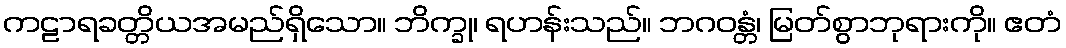
ကဠာရခတ္တိယအမည်ရှိသော။ ဘိက္ခု၊ ရဟန်းသည်။ ဘဂဝန္တံ၊ မြတ်စွာဘုရားကို။ ဧတံ